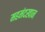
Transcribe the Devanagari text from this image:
महमंदखान